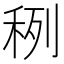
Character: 䅀